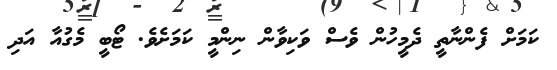
ކަމަށް ފެންނާތީ ދެމީހުން ވެސް ވަކިވާން ނިންމީ ކަމަށެވެ. ޓޯބީ މެގުއާ އަދި